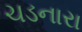
ચડનારા